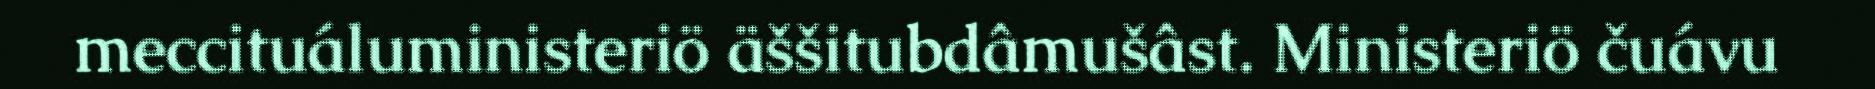
meccituáluministeriö äššitubdâmušâst. Ministeriö čuávu